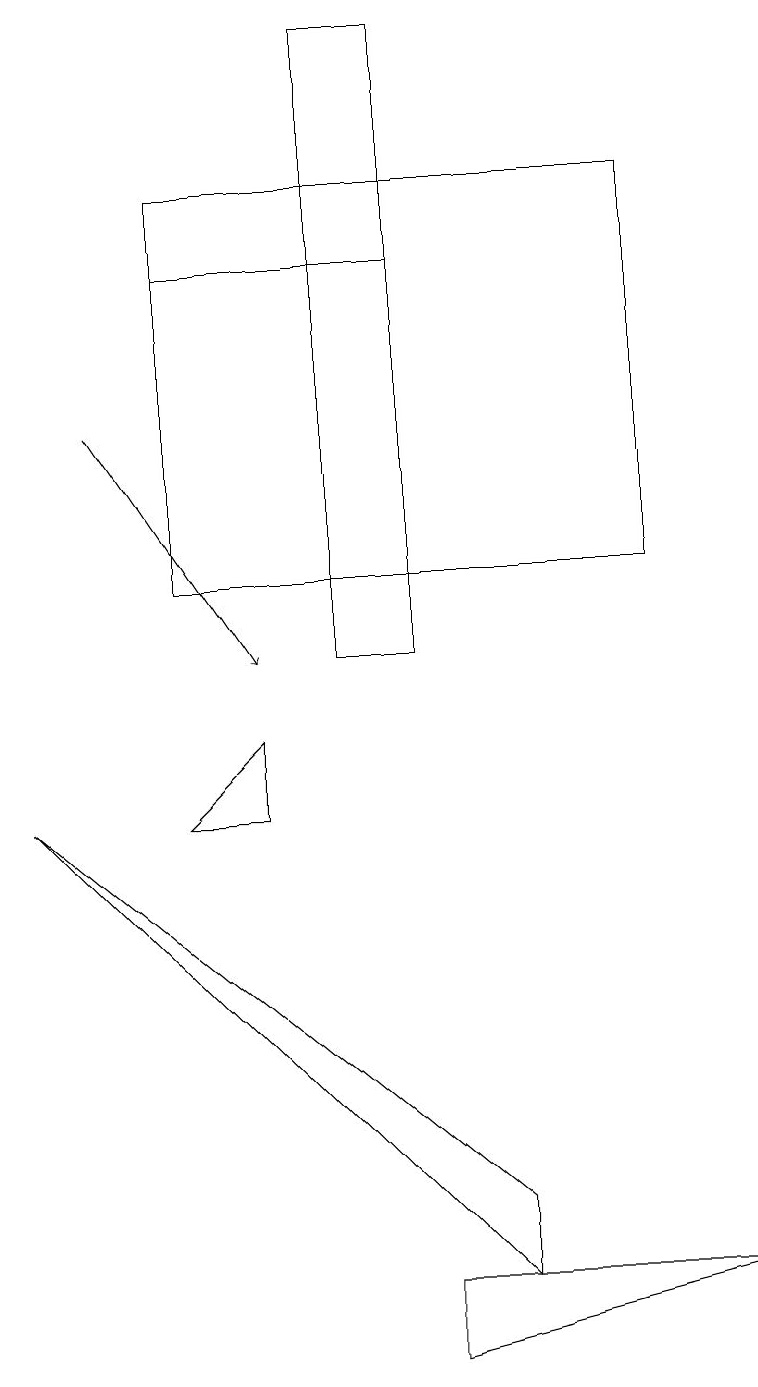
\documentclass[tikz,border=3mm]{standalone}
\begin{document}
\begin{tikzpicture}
\draw (6,2) -- (6,3) -- (0,8) -- cycle;
\draw (4,10) rectangle (5,18);
\draw[->] (1,13) -- (3,10);
\draw (5,15) rectangle (2,15);
\draw (8,11) rectangle (2,16);
\draw (5,1) -- (5,2) -- (9,2) -- cycle;
\draw (3,8) -- (2,8) -- (3,9) -- cycle;
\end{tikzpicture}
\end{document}